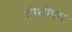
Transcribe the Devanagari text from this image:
टीसीएम